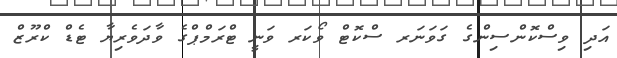
އަދި ވިސްކޮންސިންގެ ގަވަނަރ ސްކޮޓް ވޯކަރ ވަނީ ޓްރަމްޕްގެ ވާދަވެރިޔާ ޓެޑް ކްރޫޒް